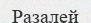
Разалей